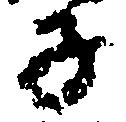
子